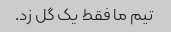
تیم ما فقط یک گل زد.